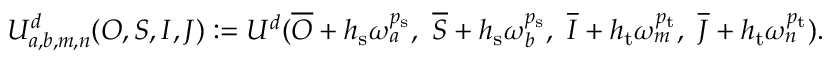
\begin{array} { r } { U _ { a , b , m , n } ^ { d } ( O , S , I , J ) : = U ^ { d } ( \overline { { O } } + h _ { \mathrm { s } } \boldsymbol { \omega } _ { a } ^ { p _ { \mathrm { s } } } , \ \overline { { S } } + h _ { \mathrm { s } } \boldsymbol { \omega } _ { b } ^ { p _ { \mathrm { s } } } , \ \overline { { I } } + h _ { \mathrm { t } } \omega _ { m } ^ { p _ { \mathrm { t } } } , \ \overline { { J } } + h _ { \mathrm { t } } \omega _ { n } ^ { p _ { \mathrm { t } } } ) . } \end{array}